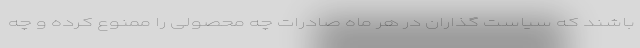
باشند که سیاست گذاران در هر ماه صادرات چه محصولی را ممنوع کرده و چه